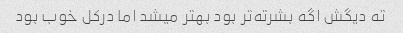
ته دیگش اگه بشرته‌تر بود بهتر میشد اما درکل خوب بود